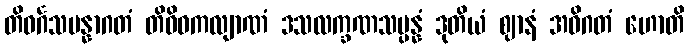
တိဝင်္ဂသမန္နာဂတံ တိဝိဓကလျာဏံ ဒသလက္ခဏသမ္ပန္နံ ဒုတိယံ ဈာနံ အဓိဂတံ ဟောတိ